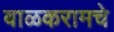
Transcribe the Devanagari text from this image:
बाळकरामचे